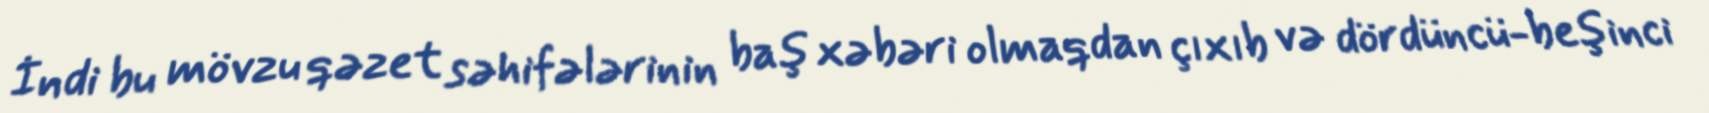
İndi bu mövzu qəzet səhifələrinin baş xəbəri olmaqdan çıxıb və dördüncü-beşinci